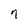
Character: 7